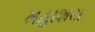
મહાશય